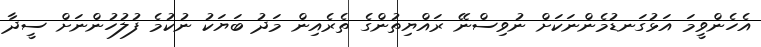
އެހެންވީމަ އަޅުގަނޑުމެންނަކަށް ނުވިސްނޭ ރައްޔިތުންގެ ތެރެއިން މަދު ބަޔަކު ނުކުމެ ފުލުހުންނަށް ސީދާ